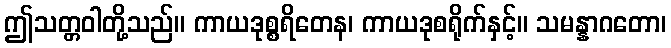
ဤသတ္တဝါတို့သည်။ ကာယဒုစ္စရိတေန၊ ကာယဒုစရိုက်နှင့်။ သမန္နာဂတော၊